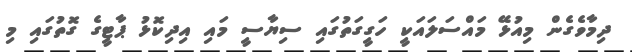
ދިމާވެގެން މިއުޅޭ މައްސަލައަކީ ހަގީގަތުގައި ސިޔާސީ މައި އިދިކޮޅު ޕާޓީގެ ގޮތުގައި މި